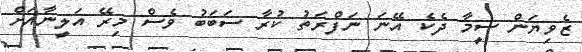
ޒެވިޔަން ސީމާ ދެކެ އޭނަ ނަފްރަތު ކުރާ ސަބަބު ވެސް މިރޭ އަލީނާއަށް